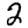
Digit: 2